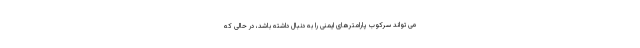
می تواند سرکوب پارامترهای ایمنی را به دنبال داشته باشد، در حالی که